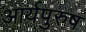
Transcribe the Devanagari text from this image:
आर्यपुरुष